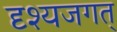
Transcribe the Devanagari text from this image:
दृश्यजगत्